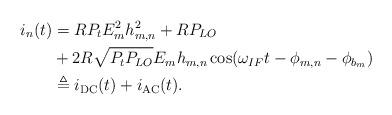
LaTeX: \begin{align*}i_n(t) & = R P_t E_{m}^2 h_{m,n}^2+RP_{LO} \\& +2R\sqrt{P_tP_{LO}}E_{m} h_{m,n}\cos(\omega_{IF} t - \phi_{m,n} - \phi_{b_m}) \\& \triangleq i_{\rm{DC}}(t)+ i_{\rm{AC}}(t).\end{align*}